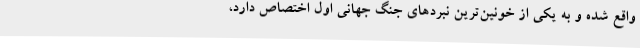
واقع شده و به یکی از خونین‌ترین نبردهای جنگ جهانی اول اختصاص دارد،